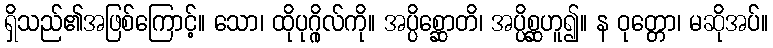
ရှိသည်၏အဖြစ်ကြောင့်။ သော၊ ထိုပုဂ္ဂိုလ်ကို။ အပ္ပိစ္ဆောတိ၊ အပ္ပိစ္ဆဟူ၍။ န ဝုတ္တော၊ မဆိုအပ်။